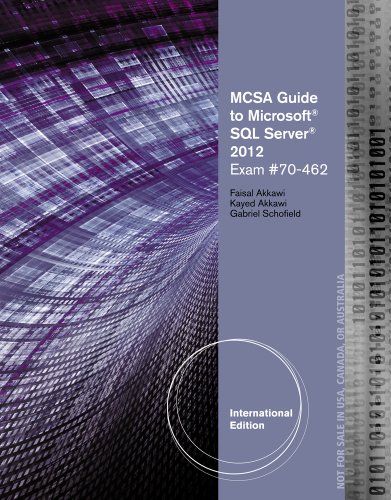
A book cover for MCSA Guide to Microsoft SQL Server 2012 (Exam 70-462) (Networking (Course Technology)); Faisal Akkawi; Computers & Technology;